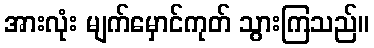
အားလုံး မျက်မှောင်ကုတ် သွားကြသည်။